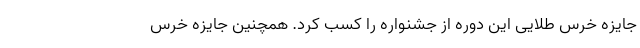
جایزه خرس طلایی این دوره از جشنواره را کسب کرد. همچنین جایزه خرس